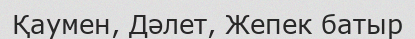
Қаумен, Дәлет, Жепек батыр